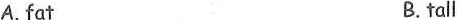
A.fat B.tall